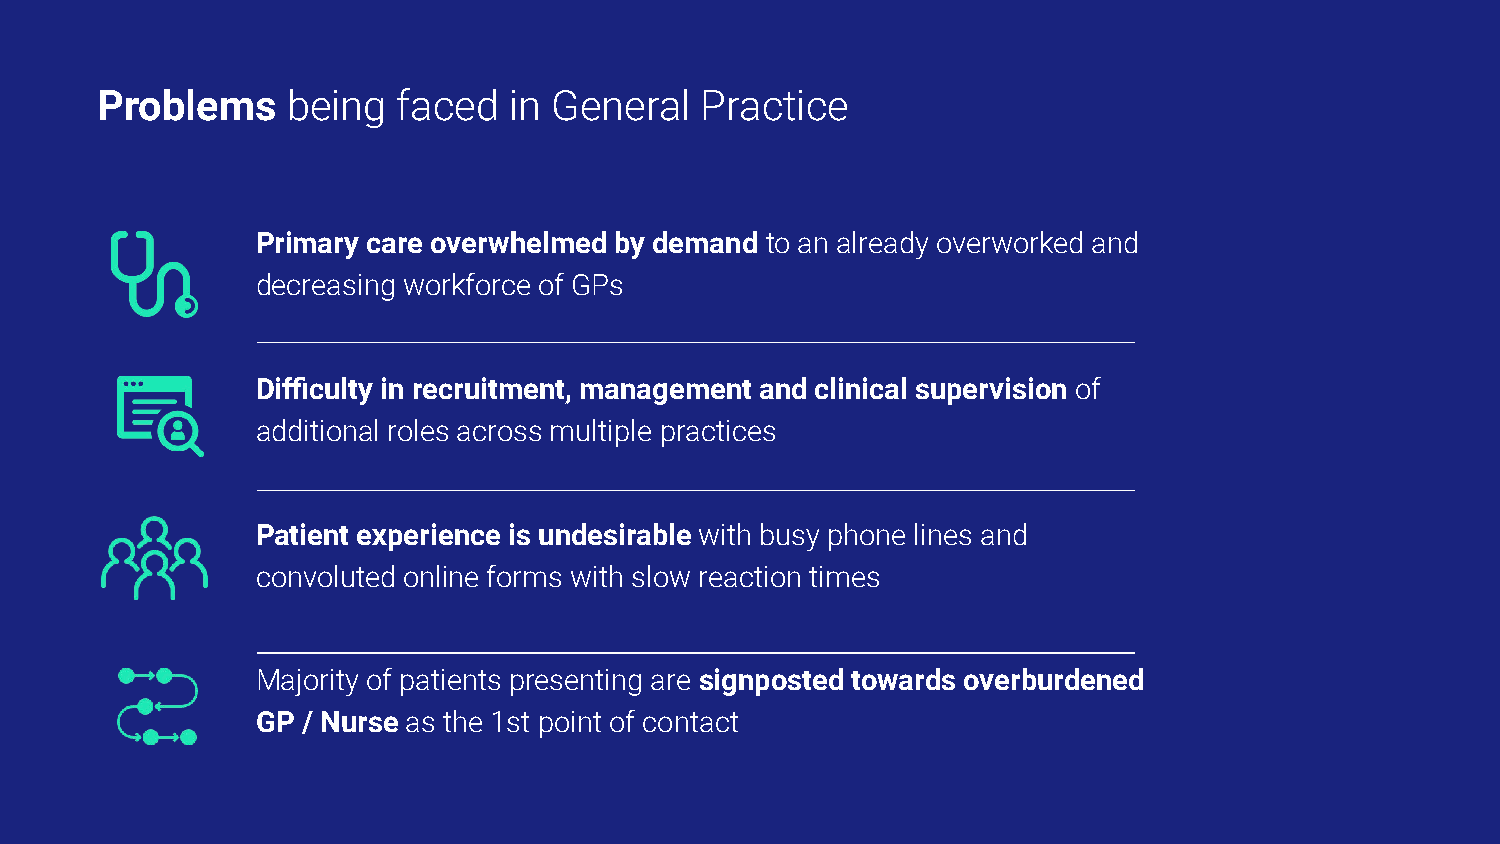
Problems     being  faced   in General  Practice
 Primary care overwhelmed by demand to an already overworked and
 decreasing workforce of GPs
 Difficulty in recruitment, management and clinical supervision of
 additional roles across multiple practices
 Patient experience is undesirable with busy phone lines and
 convoluted online forms with slow reaction times
 Majority of patients presenting are signposted towards overburdened
 GP / Nurse as the 1st point of contact